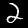
Label: 2